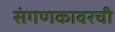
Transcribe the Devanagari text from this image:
संगणकावरची